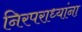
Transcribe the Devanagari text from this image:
निरपराध्यांना